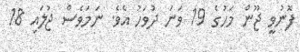
ފޮނުވީ ޖޫން މަހުގެ 19 ވަނަ ދުވަހު އެވެ. ނަމަވެސް ޖުލައި 18